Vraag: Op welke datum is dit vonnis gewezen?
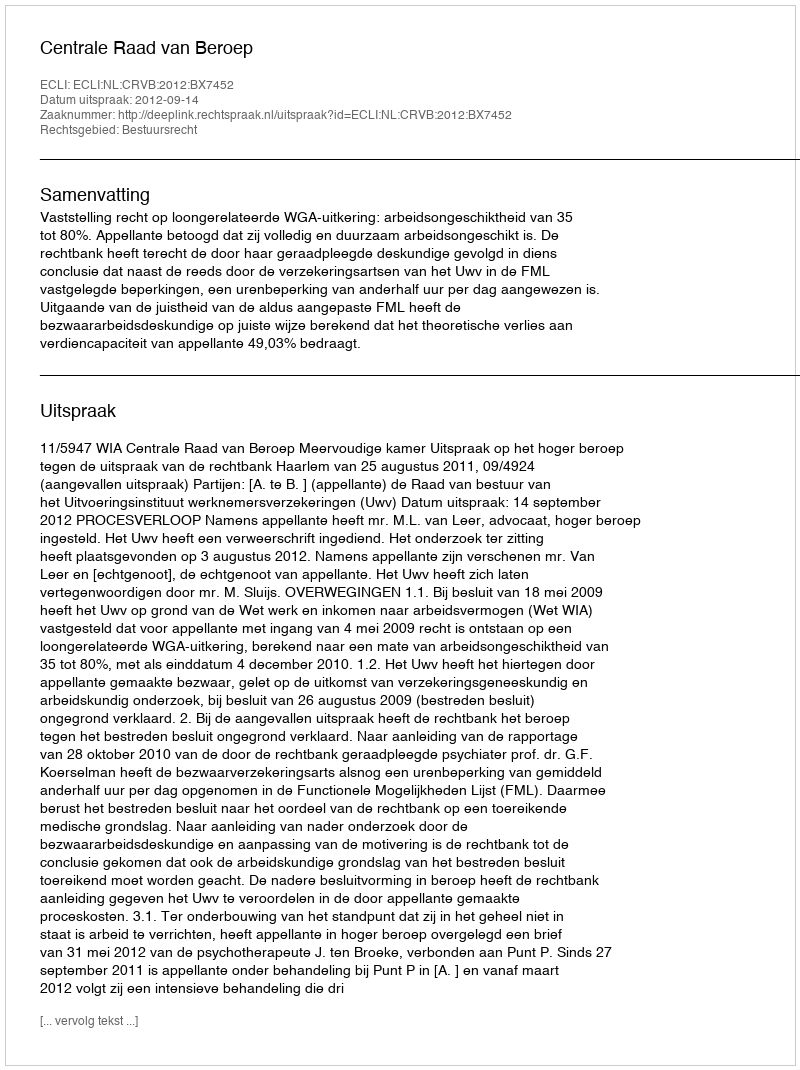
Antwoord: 2012-09-14